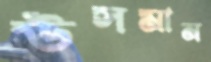
উসমান